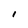
Character: i